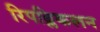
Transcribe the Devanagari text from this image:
रिपब्लिकलन